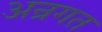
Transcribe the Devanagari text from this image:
अन्रगत